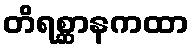
တိရစ္ဆာနကထာ